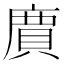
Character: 𮚊